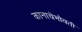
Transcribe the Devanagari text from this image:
कानाचेभोवती